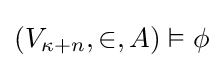
(V_{\kappa +n},\in ,A)\vDash \phi